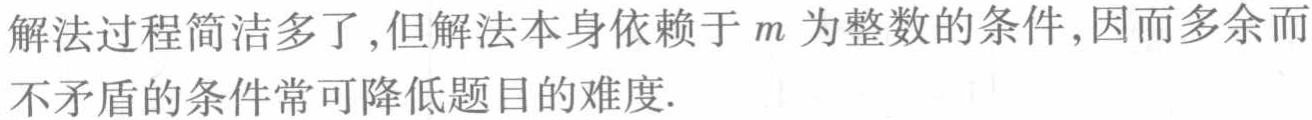
解法过程简洁多了,但解法本身依赖于\(m\)为整数的条件,因而多余而不矛盾的条件常可降低题目的难度.